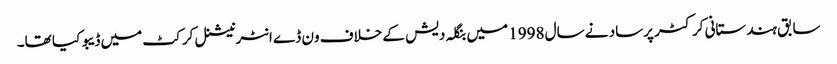
سابق ہندستانی کرکٹر پرساد نے سال 1998 میں بنگلہ دیش کے خلاف ون ڈے انٹرنیشنل کرکٹ میں ڈیبو کیا تھا۔